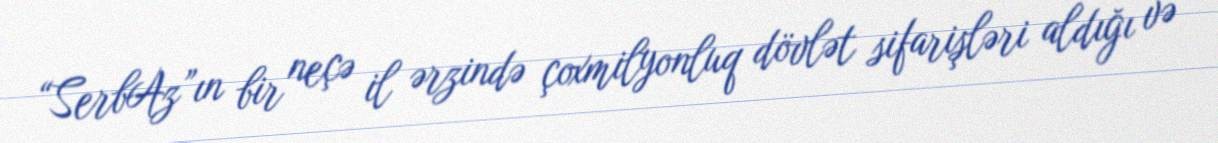
“SerbAz”ın bir neçə il ərzində çoxmilyonluq dövlət sifarişləri aldığı və